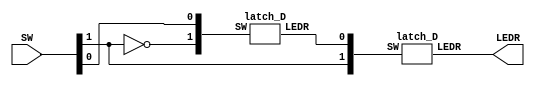
module PS4_ZAD3(
	input [1:0] SW,
	output [0:0] LEDR);
	
	wire [1:0] firstLatchInput /* synthesis keep */;
	
	assign firstLatchInput[0] = SW[0];
	assign firstLatchInput[1] = ~SW[1];
	
	wire firstLatchOutput /* synthesis keep */;
	
	latch_D latchOne(firstLatchInput,firstLatchOutput);
	
	wire [1:0] secondLatchInput /* synthesis keep */;
	
	assign secondLatchInput[0] = firstLatchOutput;
	assign secondLatchInput[1] = SW[1];
	
	wire secondLatchOutput /* synthesis keep */;
	
	latch_D latchTwo(secondLatchInput,secondLatchOutput);
	
	assign LEDR[0] = secondLatchOutput;
	
endmodule

module latch_D(
	input [1:0] SW,
	output [0:0] LEDR);
	(* KEEP = "TRUE" *) wire S,R,S_g,R_g,Qa,Qb;
	assign S = SW[0];
	assign R = ~SW[0];
	assign S_g = ~(S & SW[1]);
	assign R_g = ~(R & SW[1]);
	assign Qa = ~(S_g & Qb);
	assign Qb = ~(R_g & Qa);
	assign LEDR[0] = Qa;
endmodule